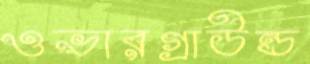
ওভারগ্রাউন্ড